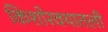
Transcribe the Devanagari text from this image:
किशोरवयातली